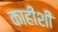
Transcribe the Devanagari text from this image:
काहींशी